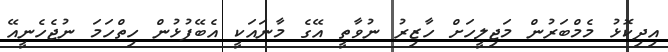
އިދިކޮޅު މެމްބަރުން މަޖިލީހަށް ހާޒިރު ނުވާތީ އޭގެ މާނައަކީ އެބޭފުޅުން ހިތްހަމަ ނުޖެހެނީއޭ